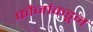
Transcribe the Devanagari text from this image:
फौजांकडून